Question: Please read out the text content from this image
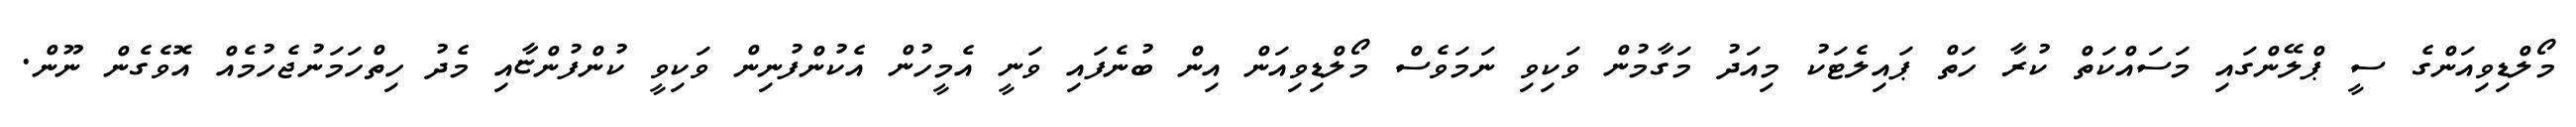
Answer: މޯލްޑިވިއަންގެ ސީ ޕްލޭންގައި މަސައްކަތް ކުރާ ހަތް ޕައިލެޓަކު މިއަދު މަގާމުން ވަކިވި ނަމަވެސް މޯލްޑިވިއަން އިން ބުނެފައި ވަނީ އެމީހުން އެކުންފުނިން ވަކިވީ ކުންފުންޏާއި މެދު ހިތްހަމަނުޖެހުމެއް އޮވެގެން ނޫން.